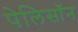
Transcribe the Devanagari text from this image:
पेलिसॉन